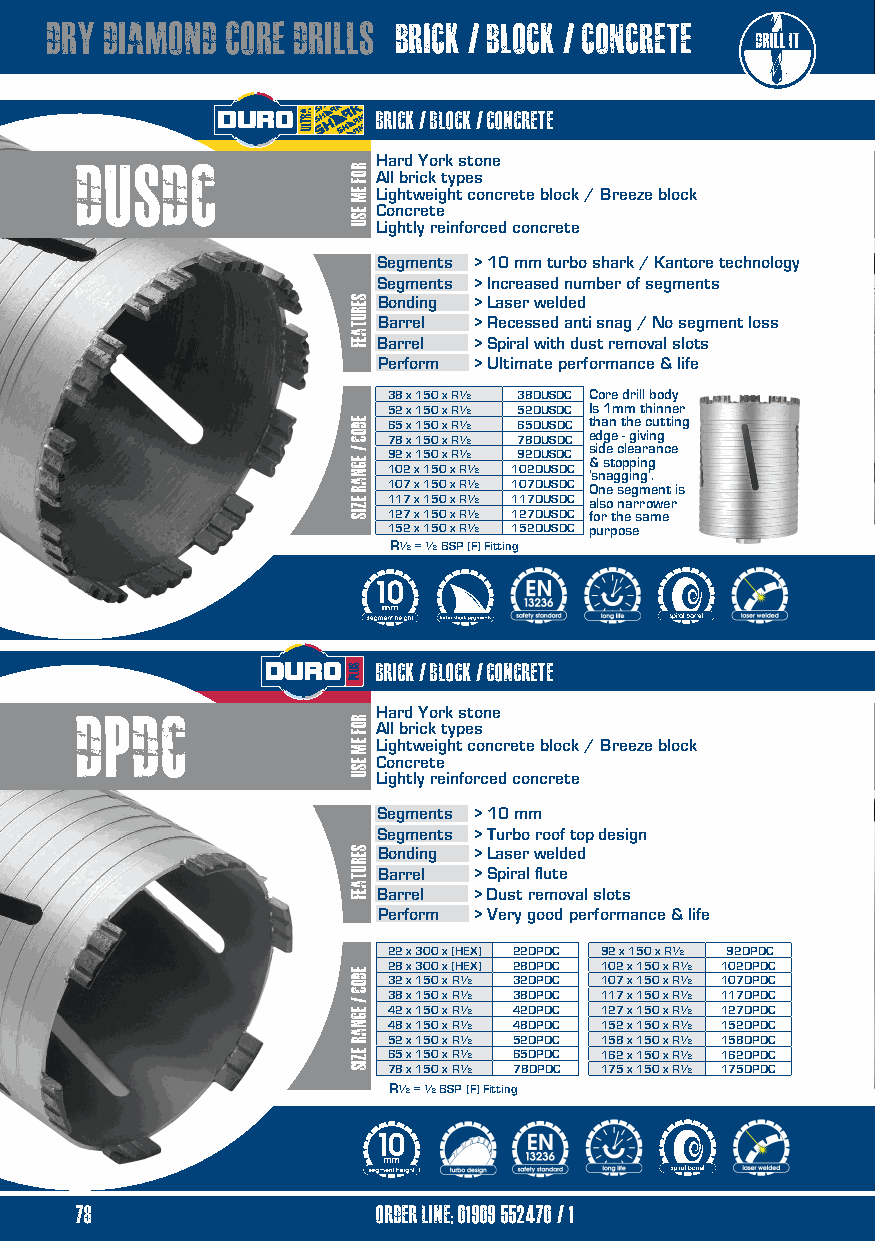
dry diamond CORE DRILLS brick / block / concrete
 brick / block / concrete
 DUSDC               Hard York stone
 All brick types
 Lightweight concrete block / Breeze block
 Concrete
 Lightly reinforced concrete
 Segments > 10 mm turbo shark / Kantore technology
 Segments > Increased number of segments
 Bonding > Laser welded
 Barrel > Recessed anti snag / No segment loss
 Barrel > Spiral with dust removal slots
 Perform > Ultimate performance & life
 38 x 150 x R½ 38DUSDC Core drill body
 52 x 150 x R½ 52DUSDC Is 1mm thinner
 65 x 150 x R½ 65DUSDC than the cutting
 78 x 150 x R½ 78DUSDC edge - giving
 side clearance 92 x 150 x R½ 92DUSDC
 & stopping
 102 x 150 x R½ 102DUSDC ‘snagging’.
 107 x 150 x R½ 107DUSDC One segment is
 117 x 150 x R½ 117DUSDC also narrower
 127 x 150 x R½ 127DUSDC for the same
 152 x 150 x R½ 152DUSDC purpose
 R½ = ½ BSP (F) Fitting
 brick / block / concrete
 DPDC                Hard York stone
 All brick types
 Lightweight concrete block / Breeze block
 Concrete
 Lightly reinforced concrete
 Segments > 10 mm
 Segments > Turbo roof top design
 Bonding > Laser welded
 Barrel > Spiral flute
 Barrel > Dust removal slots
 Perform > Very good performance & life
 22 x 300 x (HEX) 22DPDC 92 x 150 x R½ 92DPDC
 28 x 300 x (HEX) 28DPDC 102 x 150 x R½ 102DPDC
 32 x 150 x R½ 32DPDC 107 x 150 x R½ 107DPDC
 38 x 150 x R½ 38DPDC 117 x 150 x R½ 117DPDC
 42 x 150 x R½ 42DPDC 127 x 150 x R½ 127DPDC
 48 x 150 x R½ 48DPDC 152 x 150 x R½ 152DPDC
 52 x 150 x R½ 52DPDC 158 x 150 x R½ 158DPDC
 65 x 150 x R½ 65DPDC 162 x 150 x R½ 162DPDC
 78 x 150 x R½ 78DPDC 175 x 150 x R½ 175DPDC
 R½ = ½ BSP (F) Fitting
 78                  order line; 01909 552470/1
 ROF
 EM
 ESU
 serutaef
 eDOC
 /
 egnar
 ezis
 ROF
 EM
 ESU
 serutaef
 EDOC
 /
 Egnar
 ezis